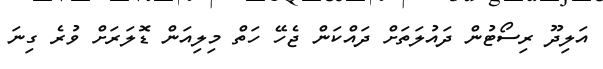
އަލިދޫ ރިސޯޓުން ދައުލަތަށް ދައްކަން ޖެހޭ ހަތް މިލިއަން ޑޮލަރަށް ވުރެ ގިނަ